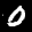
Label: 0